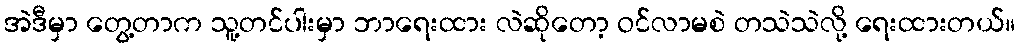
အဲဒီမှာ တွေ့တာက သူ့တင်ပါးမှာ ဘာရေးထား လဲဆိုတော့ ဝင်လာမစဲ တသဲသဲလို့ ရေးထားတယ်။